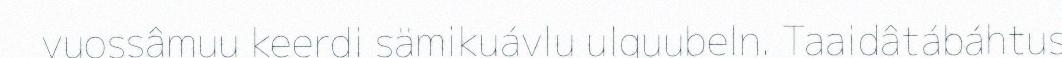
vuossâmuu keerdi sämikuávlu ulguubeln. Taaidâtábáhtus